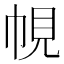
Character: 𭘠